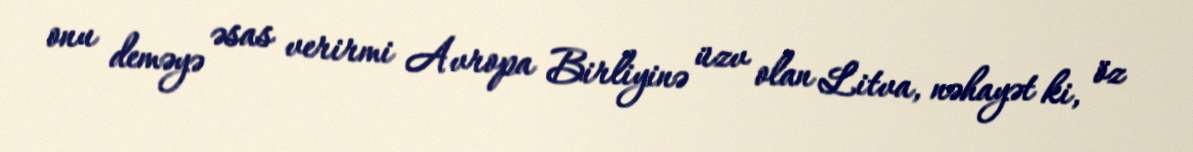
onu deməyə əsas verirmi Avropa Birliyinə üzv olan Litva, nəhayət ki, öz